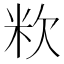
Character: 𥸷